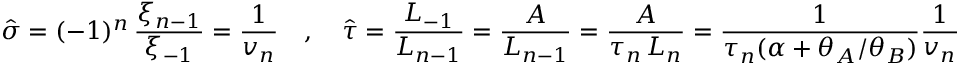
\hat { \sigma } = ( - 1 ) ^ { n } \, \frac { \xi _ { n - 1 } } { \xi _ { - 1 } } = \frac { 1 } { v _ { n } } \quad , \quad \hat { \tau } = \frac { L _ { - 1 } } { L _ { n - 1 } } = \frac { A } { L _ { n - 1 } } = \frac { A } { \tau _ { n } \, L _ { n } } = \frac { 1 } { \tau _ { n } ( \alpha + \theta _ { A } / \theta _ { B } ) } \frac { 1 } { v _ { n } }